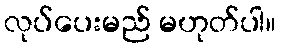
လုပ်ပေးမည် မဟုတ်ပါ။